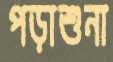
পড়াশুনা